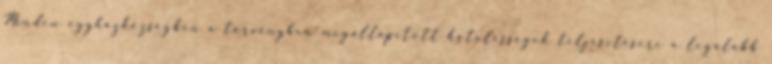
Minden egyházközségben a törvényben megállapított kötelességek teljesítésére a legalább